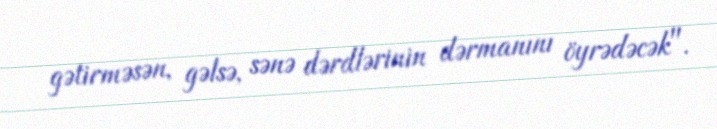
gətirməsən, gəlsə, sənə dərdlərinin dərmanını öyrədəcək".